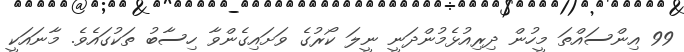
99 އިންސައްތަ މީހުން ދިރިއުޅެމުންދަނީ ނީލަ ކޯރުގެ ވަށައިގެންވާ ހިސާބު ތަކުގައެވެ. މާނައަކީ